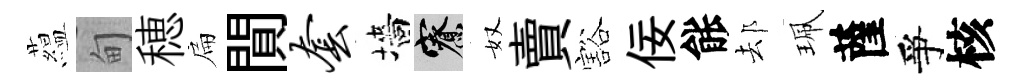
藴甸穂扁閴套墻寮奴賣豁佞䏻𨚫珮薩爭核